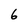
Character: 6